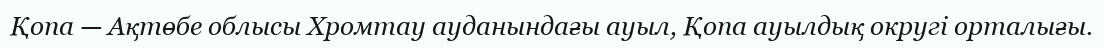
Қопа — Ақтөбе облысы Хромтау ауданындағы ауыл, Қопа ауылдық округі орталығы.